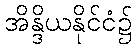
အိန္ဒိယနိုင်ငံ၌